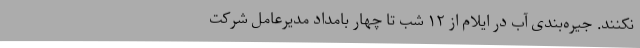
نکنند. جیره‌بندی آب در ایلام از ۱۲ شب تا چهار بامداد مدیرعامل شرکت